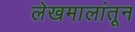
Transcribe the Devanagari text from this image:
लेखमालांतून